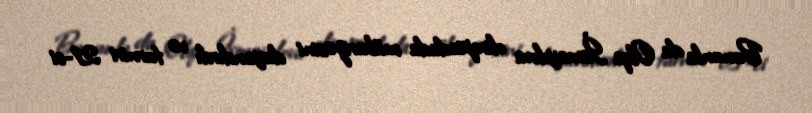
Bununla da Olqa İsmayılova olimpiadada mübarizəsini dayandırdı və turniri 21-ci